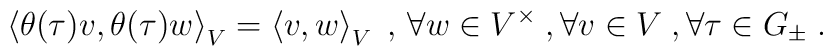
\left\langle \theta (\tau ) v ,\theta (\tau ) w \right\rangle_V= 	\left\langle v,w \right\rangle_V \; ,\, \forall w\in V^\times \; , 		\forall v\in V \; , \forall \tau \in G_\pm \; .